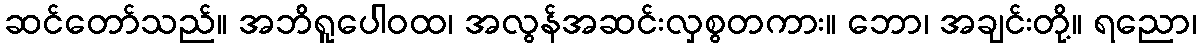
ဆင်တော်သည်။ အဘိရူပေါဝထ၊ အလွန်အဆင်းလှစွတကား။ ဘော၊ အချင်းတို့။ ရညော၊